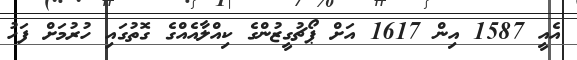
އެއީ 1587 އިން 1617 އަށް ޕޯޗުގީޒުންގެ ކިއްލާއެއްގެ ގޮތުގައި ހުރުމަށް ފަހު